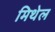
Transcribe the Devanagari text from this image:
मिथेल